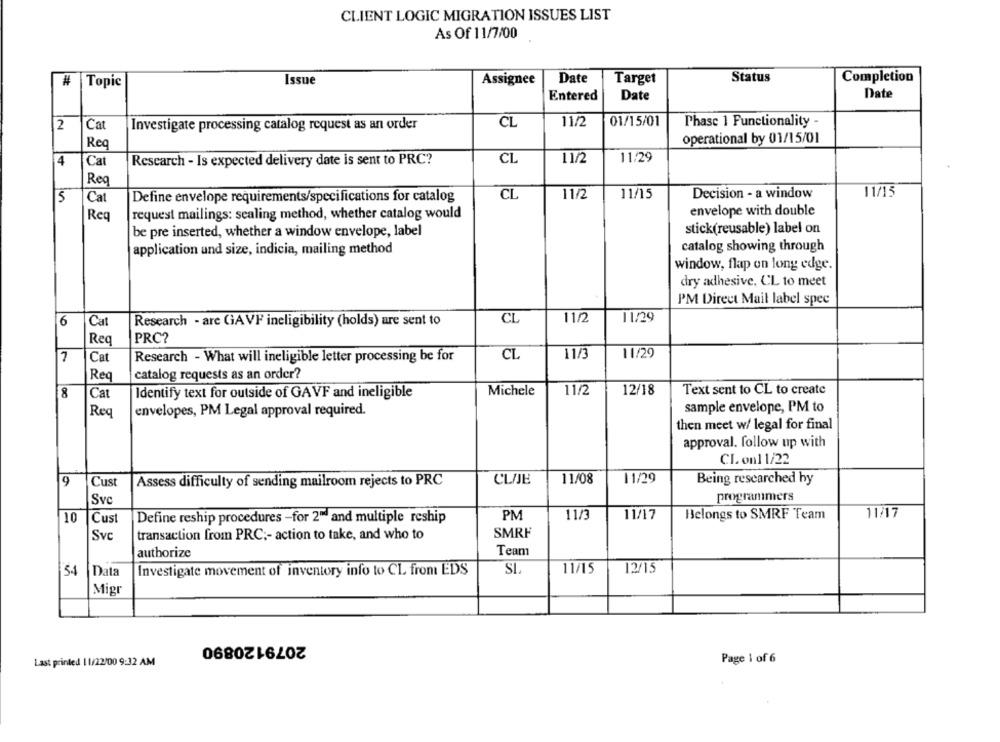
CLIENT LOGIC MIGRATION ISSUES LIST
As Of 11/7/00
#
Issue
Assignee
Date
Target
Status
Completion
Topic
Entered
Date
Date
2
Cat
Investigate processing catalog request as an order
CL
11/2
01/15/01
Phase 1 Functionality -
operational by 01/15/01
Req
4
Cat
Research - Is expected delivery date is sent to PRC?
CL
11/2
11/29
Reg
CL
11/15
5
Cat
Define envelope requirements/specifications for catalog
11/2
11/15
Decision - a window
Req
request mailings: sealing method, whether catalog would
envelope with double
stick(reusable) label on
be pre inserted, whether a window envelope, label
application and size, indicia, mailing method
catalog showing through
window, flap on long edge.
dry adhesive, CL to meet
PM Direct Mail label spec
CL
11/2
11/29
6
Cat
Research - arc GAVF ineligibility (holds) are sent to
Req
PRC?
CL
11/3
11/29
7
Cat
Research - What will ineligible letter processing be for
Red
catalog requests as an order?
8
Identify text for outside of GAVF and ineligible
Michele
11/2
12/18
Text sent to CL to create
Cat
sample envelope, PM to
Req
envelopes, PM Legal approval required.
then meet w/ legal for final
approval. follow up with
CL on11/22
9
Cust
Assess difficulty of sending mailroom rejects to PRC
CLIJE
11/08
11/29
Being researched hy
programmers
Svc
11/17
10
Cust
Define reship procedures -for 2™ and multiple reship
PM
11/3
11/17
Belongs to SMRF Team
SMRF
Svc
transaction from PRC ;- action to take, and who to
authorize
Team
54
Data
Investigate movement of inventory info to CL from EDS
SI.
11/15
12/15
Migr
2079120890
Page 1 of 6
Last printed | 1/22/00 9:32 AM